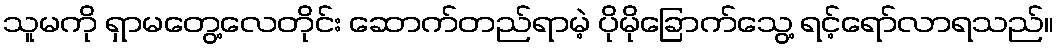
သူမကို ရှာမတွေ့လေတိုင်း ဆောက်တည်ရာမဲ့ ပိုမိုခြောက်သွေ့ ရင့်ရော်လာရသည်။